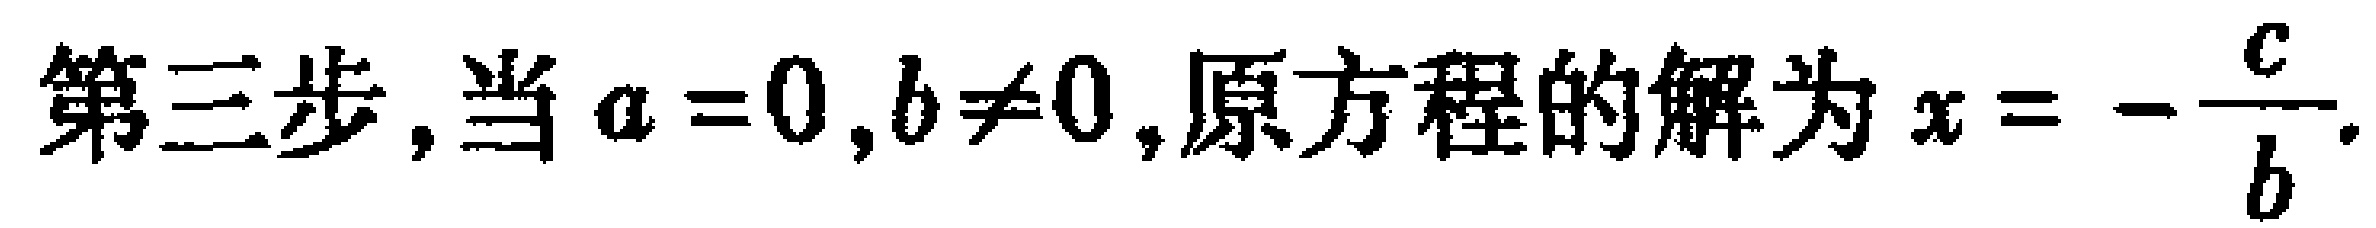
第三步,当 \(a = 0,b\neq0\),原方程的解为 \(x = -\frac{c}{b}\).